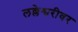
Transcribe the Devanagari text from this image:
लल्लेश्वरीवर